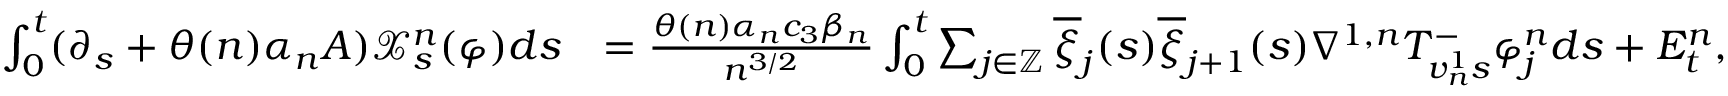
\begin{array} { r l } { \int _ { 0 } ^ { t } ( \partial _ { s } + \theta ( n ) \alpha _ { n } A ) \mathcal { X } _ { s } ^ { n } ( \varphi ) d s } & { = \frac { \theta ( n ) \alpha _ { n } c _ { 3 } \beta _ { n } } { n ^ { 3 / 2 } } \int _ { 0 } ^ { t } \sum _ { j \in \mathbb { Z } } \overline { { \xi } } _ { j } ( s ) \overline { { \xi } } _ { j + 1 } ( s ) \nabla ^ { 1 , n } T _ { v _ { n } ^ { 1 } s } ^ { - } \varphi _ { j } ^ { n } d s + E _ { t } ^ { n } , } \end{array}